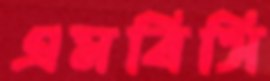
এমবিসি